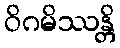
ဝိဂမိဿန္တိ